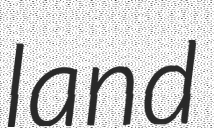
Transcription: land